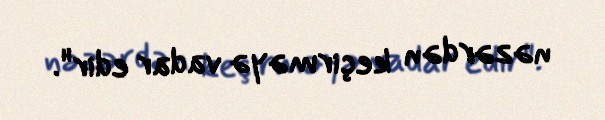
nəzərdən keçirməyə vadar edir".